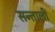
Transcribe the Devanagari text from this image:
सन्ताली